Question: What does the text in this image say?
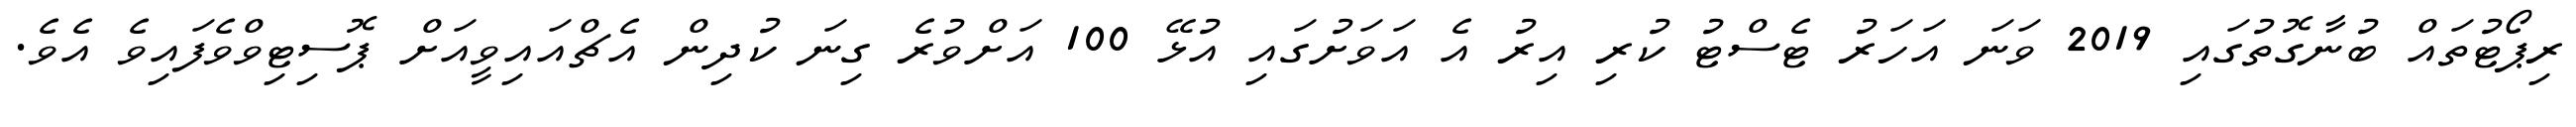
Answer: ރިޕޯޓުތައް ބުނާގޮތުގައި 2019 ވަނަ އަހަރު ޓެސްޓު ކުރި އިރު އެ އަވަށުގައި އުޅޭ 100 އަށްވުރެ ގިނަ ކުދިން އެޗްއައިވީއަށް ޕޮސިޓިވްވެފައިވެ އެވެ.